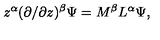
z ^ { \alpha } ( \partial / \partial z ) ^ { \beta } \Psi = M ^ { \beta } L ^ { \alpha } \Psi ,